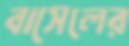
বাসেলের